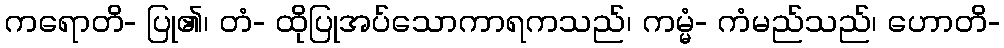
ကရောတိ- ပြု၏၊ တံ- ထိုပြုအပ်သောကာရကသည်၊ ကမ္မံ- ကံမည်သည်၊ ဟောတိ-